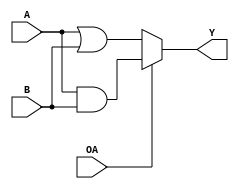
module logical(A, B, OA, Y);

  // inputs
  input [3:0] A, B;
  input OA;

  // outputs
  output [3:0] Y;
  
  //OA = 0 is OR
  //OA = 1 is AND

  /* ADD YOUR CODE BELOW THIS LINE */

  assign Y = OA ? (A & B) : (A | B);
  
  /* ADD YOUR CODE ABOVE THIS LINE */

endmodule